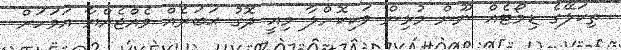
ތިކަލޭގެ ޑިމޯޓެއް ނޫން މުޅިން ވަކިކޮށްލާ މިއީ ދޮގު ޙަބަރެއް ވެއްޖެއްޔާ އަވަހަށް